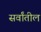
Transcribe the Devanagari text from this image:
सर्वांतील